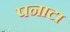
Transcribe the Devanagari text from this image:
पनाटा